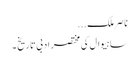
ناصر ملک...
ساہیوال کی مختصر اَدبی تاریخ ۔